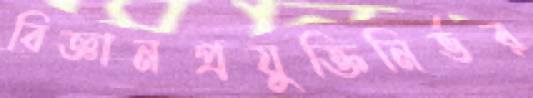
বিজ্ঞানপ্রযুক্তিনির্ভর